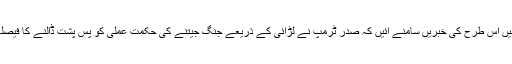
جولائی میں اس طرح کی خبریں سامنے آئیں کہ صدر ٹرمپ نے لڑائی کے ذریعے جنگ جیتنے کی حکمت عملی کو پس پشت ڈالنے کا فیصلہ کیا ہے۔